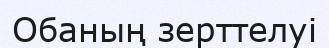
Обаның зерттелуі